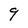
Character: 9